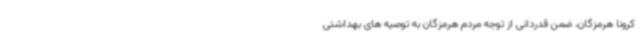
کرونا هرمزگان، ضمن قدردانی از توجه مردم هرمزگان به توصیه های بهداشتی